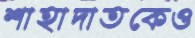
শাহাদাতকেও